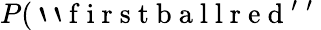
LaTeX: P(\mathrm{~`~`~f~i~r~s~t~b~a~l~l~r~e~d~'~'~}